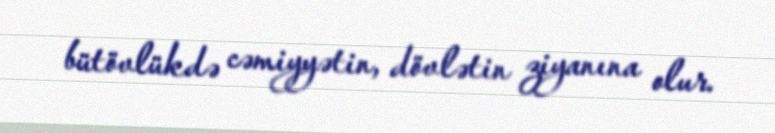
bütövlükdə cəmiyyətin, dövlətin ziyanına olur.